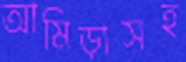
আমিড়াসহ